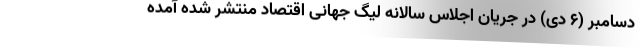
دسامبر (۶ دی) در جریان اجلاس سالانه لیگ جهانی اقتصاد منتشر شده آمده